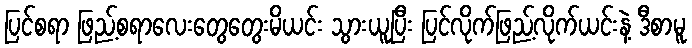
ပြင်စရာ ဖြည့်စရာလေးတွေတွေးမိယင်း သွားယူပြီး ပြင်လိုက်ဖြည့်လိုက်ယင်းနဲ့ ဒီစာမူ